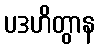
ပဒဟိတွာန